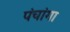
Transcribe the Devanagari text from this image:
पंचांगा